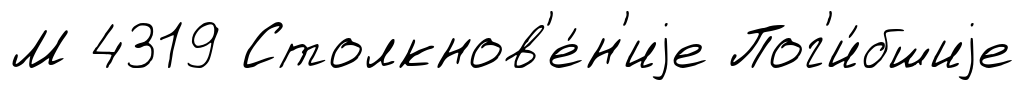
М 4319 Столкнов'е́н'иjе Пог'и́бшиjе